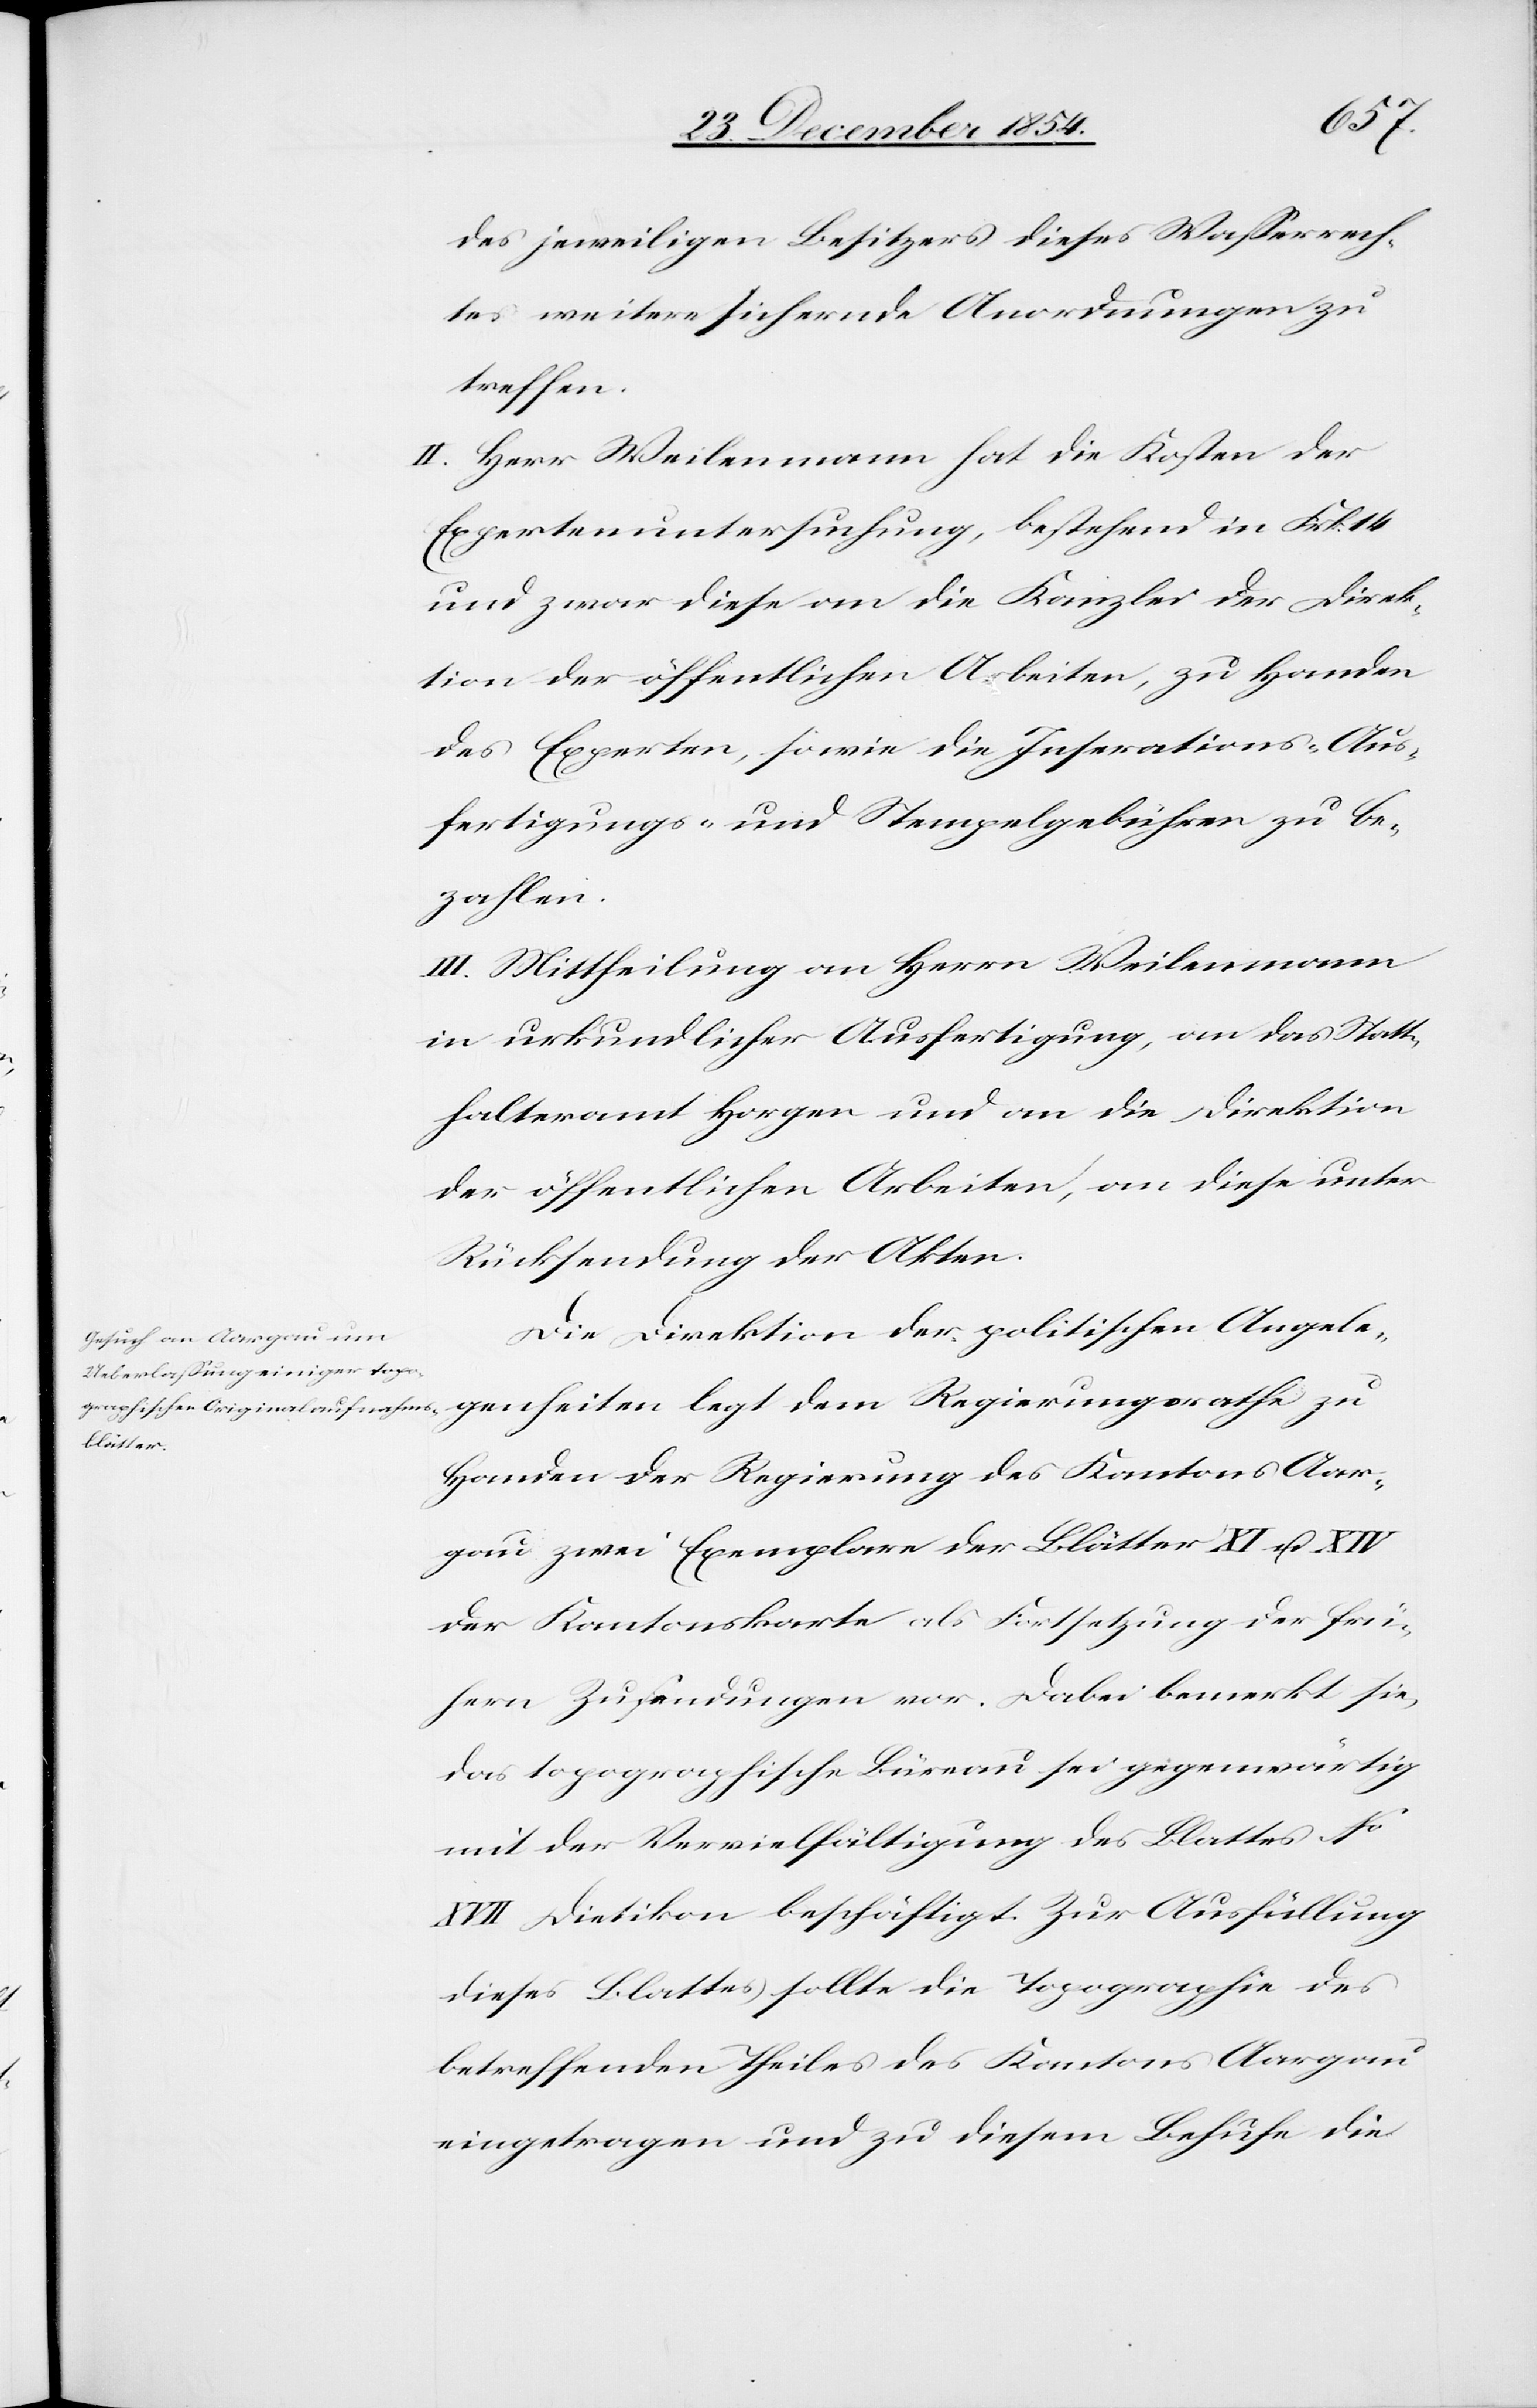
des jeweiligen Besitzers dieses Waßerrech¬
tes weitere sichernde Anordnungen zu
treffen.
II. Herr Weilenmann hat die Kosten der
Expertenuntersuchung, bestehend in Frk. 14
und zwar diese an die Kanzlei der Direk¬
tion der öffentlichen Arbeiten, zu Handen
des Experten, sowie die Inserations-[,] Aus¬
fertigungs- und Stempelgebühren zu be¬
zahlen.
III. Mittheilung an Herrn Weilenmann
in urkundlicher Ausfertigung, an das Statt¬
halteramt Horgen und an die Direktion
der öffentlichen Arbeiten, an diese unter
Rücksendung der Akten.
Die Direktion der politischen Angele¬
genheiten legt dem Regierungsrathe zu
Handen der Regierung des Kantons Aar¬
gau zwei Exemplare der Blätter IX u. XIV
der Kantonskarte als Fortsetzung der frü¬
hern Zusendungen vor. Dabei bemerkt sie,
das topographische Büreau sei gegenwärtig
mit der Vervielfältigung des Blattes No
XVII Dietikon beschäftigt. Zur Ausfüllung
dieses Blattes sollte die Topographie des
betreffenden Theiles des Kantons Aargau
eingetragen und zu diesem Behufe die